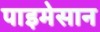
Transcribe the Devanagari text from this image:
पाइमेसान